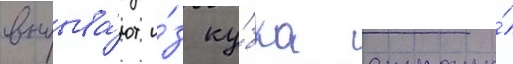
выбыва́ют и́з ку́бка страны́